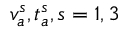
v _ { a } ^ { s } , t _ { a } ^ { s } , s = 1 , 3